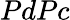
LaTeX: PdPc